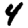
Digit: 4